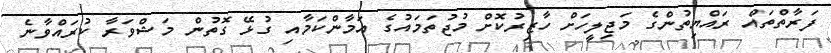
ފަރާތްތައް ރައްޔިތުންގެ މަޖިލީހަށް ހާޒިރުކޮށް މުޖުތަމައުގެ އަމާންކަމާއި ގުޅޭ ގޮތުން މަޝްވަރާ ކުރައްވާނެ